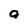
Character: a